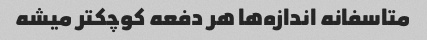
متاسفانه اندازه‌ها هر دفعه کوچکتر میشه